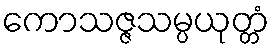
ကောသဇ္ဇသမ္ပယုတ္တံ